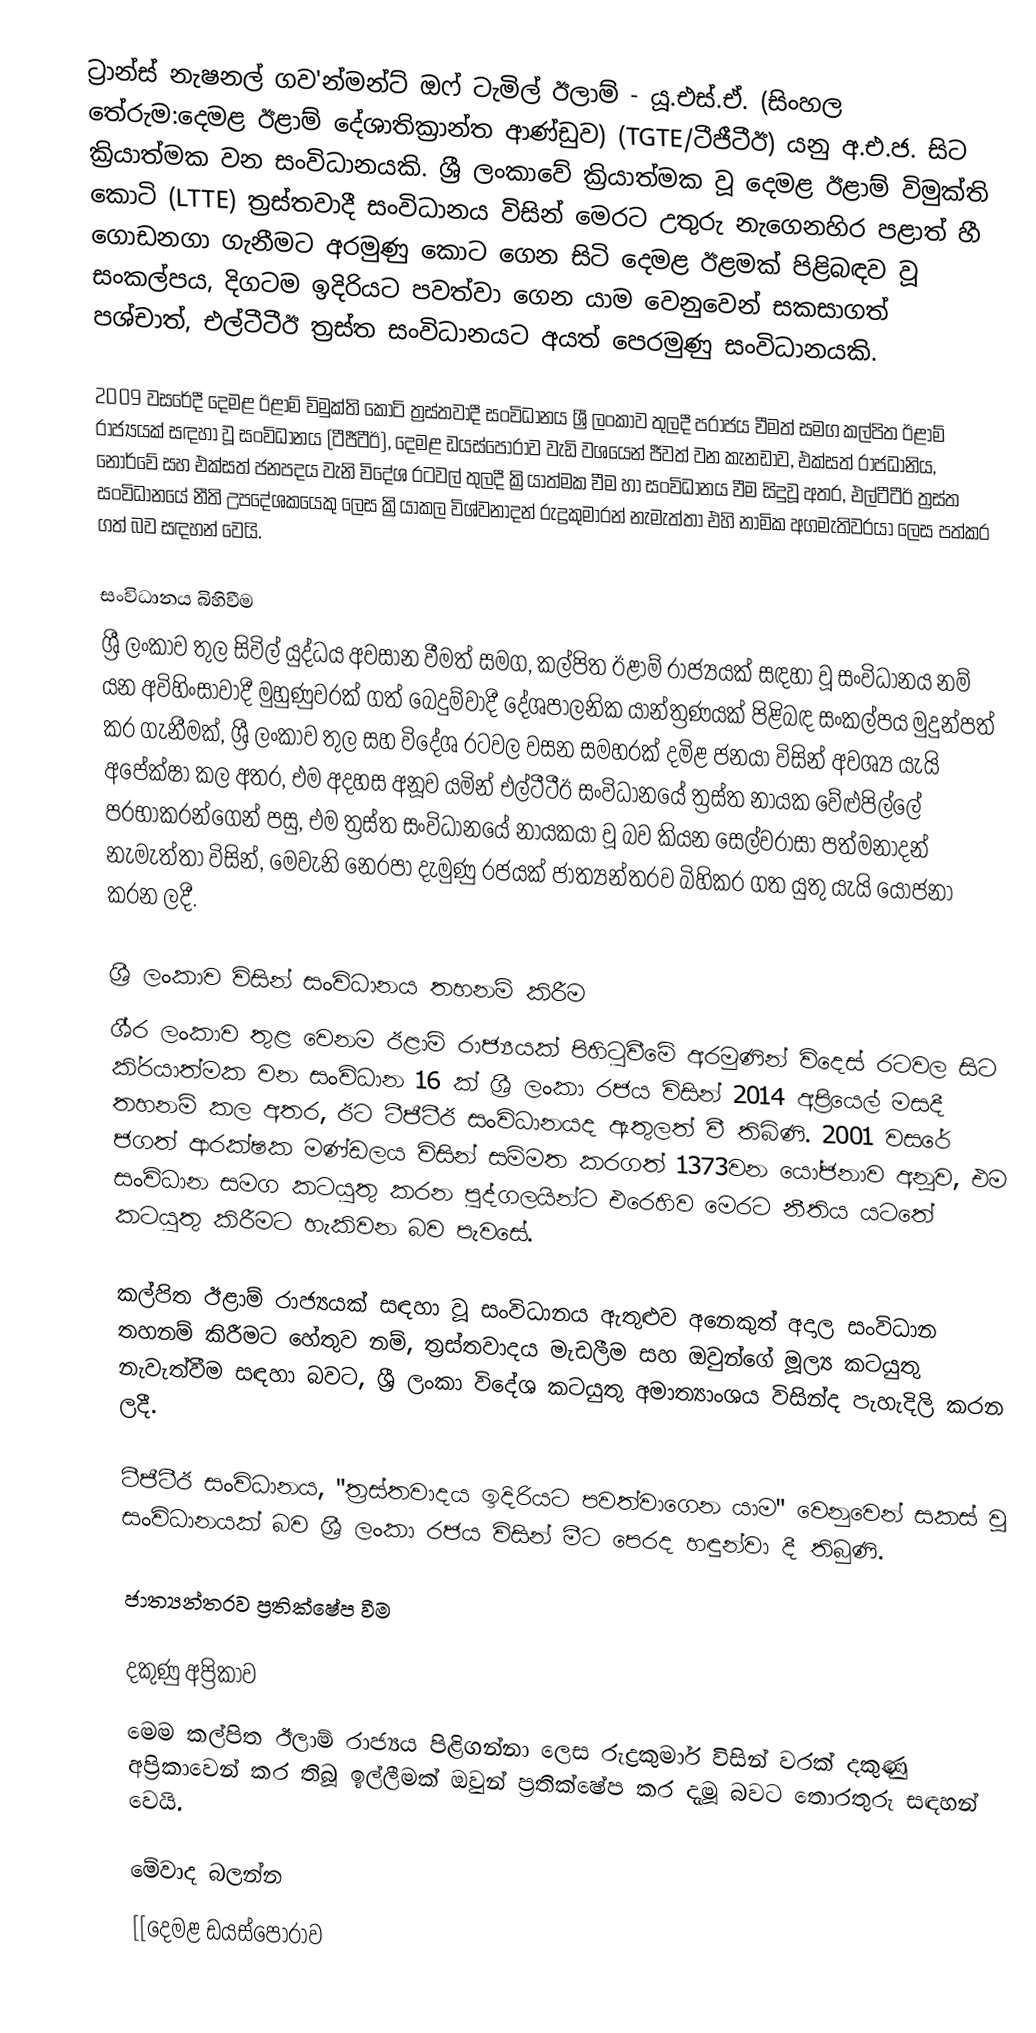
ට්‍රාන්ස් නැෂනල් ගව'න්මන්ට් ඔෆ් ටැමිල් ඊලාම් - යූ.එස්.ඒ. (සිංහල තේරුම:දෙමළ ඊළාම් දේශාතික්‍රාන්ත ආණ්ඩුව) (TGTE/ටීජීටීඊ) යනු අ.එ.ජ. සිට ක්‍රියාත්මක වන සංවිධානයකි. ශ්‍රී ලංකාවේ ක්‍රියාත්මක වූ දෙමළ ඊළාම් විමුක්ති කොටි (LTTE) ත්‍රස්තවාදී සංවිධානය විසින් මෙරට උතුරු නැගෙනහිර පළාත් හී ගොඩනගා ගැනීමට අරමුණු කොට ගෙන සිටි දෙමළ ඊළමක් පිළිබඳව වූ සංකල්පය, දිගටම ඉදිරියට පවත්වා ගෙන යාම වෙනුවෙන් සකසාගත් පශ්චාත්, එල්ටීටීඊ ත්‍රස්ත සංවිධානයට අයත් පෙරමුණු සංවිධානයකි.

2009 වසරේදී දෙමළ ඊළාම් විමුක්ති කොටි ත්‍රස්තවාදී සංවිධානය ශ්‍රී ලංකාව තුලදී පරාජය වීමත් සමග කල්පිත ඊළාම් රාජ්‍යයක් සඳහා වූ සංවිධානය (ටීජීටීඊ), දෙමළ ඩයස්පෝරාව වැඩි වශයෙන් ජීවත් වන කැනඩාව, එක්සත් රාජධානිය, නෝර්වේ සහ එක්සත් ජනපදය වැනි විදේශ රටවල් තුලදී ක්‍රියාත්මක වීම හා සංවිධානය වීම සිදුවූ අතර, එල්ටීටීඊ ත්‍රස්ත සංවිධානයේ නීති උපදේශකයෙකු ලෙස ක්‍රියාකල විශ්වනාදන් රුද්‍රකුමාරන් නැමැත්තා එහි නාමික අගමැතිවරයා ලෙස පත්කර ගත් බව සඳහන් වෙයි.

සංවිධානය බිහිවීම
ශ්‍රී ලංකාව තුල සිවිල් යුද්ධය අවසාන වීමත් සමග, කල්පිත ඊළාම් රාජ්‍යයක් සඳහා වූ සංවිධානය නම් යන අවිහිංසාවාදී මුහුණුවරක් ගත් බෙදුම්වාදී දේශපාලනික යාන්ත්‍රණයක් පිළිබඳ සංකල්පය මුදුන්පත් කර ගැනීමක්, ශ්‍රී ලංකාව තුල සහ විදේශ රටවල වසන සමහරක් දමිළ ජනයා විසින් අවශ්‍ය යැයි අපේක්ෂා කල අතර, එම අදහස අනූව යමින් එල්ටීටීඊ සංවිධානයේ ත්‍රස්ත නායක වේළුපිල්ලේ ප‍්‍රභාකරන්ගෙන් පසු, එම ත්‍රස්ත සංවිධානයේ නායකයා වූ බව කියන සෙල්වරාසා පත්මනාදන් නැමැත්තා විසින්, මෙවැනි නෙරපා දැමුණු රජයක් ජාත්‍යන්තරව බිහිකර ගත යුතු යැයි යෝජනා කරන ලදී.

ශ්‍රී ලංකාව විසින් සංවිධානය තහනම් කිරීම
ශී‍්‍ර ලංකාව තුළ වෙනම ඊළාම් රාජ්‍යයක් පිහිටුවීමේ අරමුණින් විදෙස් රටවල සිට කි‍්‍රයාත්මක වන සංවිධාන 16 ක් ශ්‍රී ලංකා රජය විසින් 2014 අප්‍රියෙල් මසදී තහනම් කල අතර, ඊට ටීජීටීඊ සංවිධානයද ඇතුලත් වී තිබිණි. 2001 වසරේ ජගත් ආරක්ෂක මණ්ඩලය විසින් සම්මත කරගත් 1373වන යෝජනාව අනූව, එම සංවිධාන සමග කටයුතු කරන පුද්ගලයින්ට එරෙහිව මෙරට නීතිය යටතේ කටයුතු කිරීමට හැකිවන බව පැවසේ.

කල්පිත ඊළාම් රාජ්‍යයක් සඳහා වූ සංවිධානය ඇතුළුව අනෙකුත් අදාල සංවිධාන තහනම් කිරීමට හේතුව නම්, ත‍්‍රස්තවාදය මැඩලීම සහ ඔවුන්ගේ මූල්‍ය කටයුතු නැවැත්වීම සඳහා බවට, ශ්‍රී ලංකා විදේශ කටයුතු අමාත්‍යාංශය විසින්ද පැහැදිලි කරන ලදී.

ටීජීටීඊ සංවිධානය, "ත්‍රස්තවාදය ඉදිරියට පවත්වාගෙන යාම" වෙනුවෙන් සකස් වූ සංවිධානයක් බව ශ්‍රී ලංකා රජය විසින් මීට පෙරද හඳුන්වා දී තිබුණි.

ජාත්‍යන්තරව ප්‍රතික්ෂේප වීම

දකුණු අප්‍රිකාව
මෙම කල්පිත ඊලාම් රාජ්‍යය පිළිගන්නා ලෙස රුද්‍රකුමාර් විසින් වරක් දකුණු අප‍්‍රිකාවෙන් කර තිබූ ඉල්ලීමක් ඔවුන් ප‍්‍රතික්ෂේප කර දැමූ බවට තොරතුරු සඳහන් වෙයි.

මේවාද බලන්න
[[දෙමළ ඩයස්පෝරාව